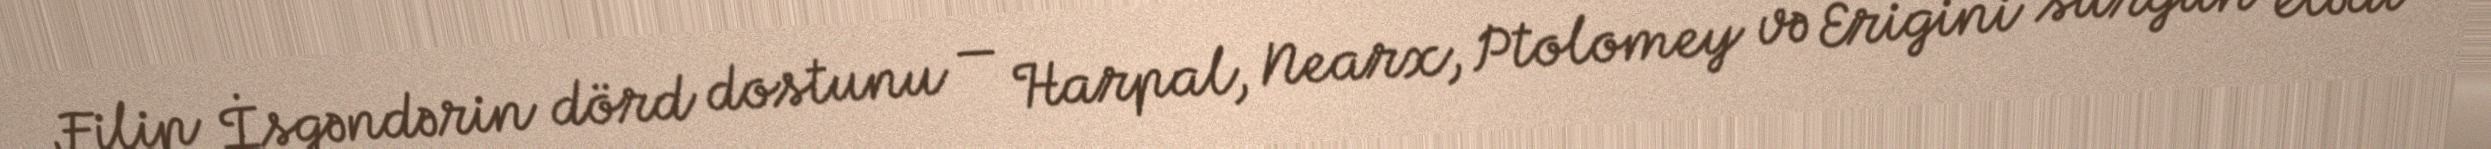
Filip İsgəndərin dörd dostunu — Harpal, Nearx, Ptolomey və Erigini sürgün elədi